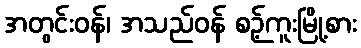
အတွင်းဝန်၊ အသည်ဝန် စဉ့်ကူးမြို့စား